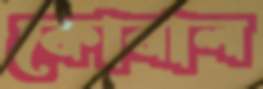
কোবাল